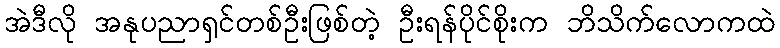
အဲဒီလို အနုပညာရှင်တစ်ဦးဖြစ်တဲ့ ဦးရန်ပိုင်စိုးက ဘိသိက်လောကထဲ